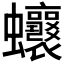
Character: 𧖗